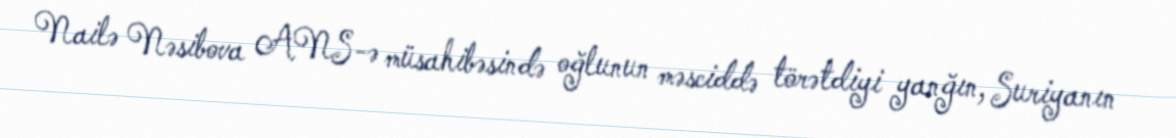
Nailə Nəsibova ANS-ə müsahibəsində oğlunun məsciddə törətdiyi yanğın, Suriyanın